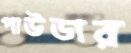
পাউডার